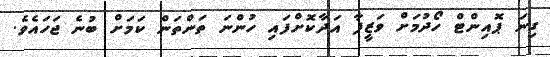
ގިނަ ޕޮއިންޓް ހޯދުމަށް ވަޒީފާ އަދާކޮށްފައި ހުންނަ ތަންތަން ކަމަށް ބުނެ ޖަހައެވެ.